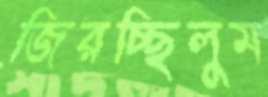
জিরচ্ছিলুম